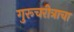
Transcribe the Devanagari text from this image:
गुरूचरीत्राचा